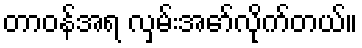
တာဝန်အရ လှမ်းအော်လိုက်တယ်။